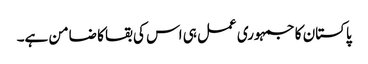
پاکستان کا جمہوری عمل ہی اس کی بقا کا ضامن ہے۔